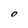
Character: 0